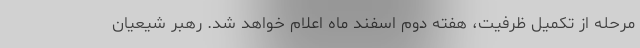
مرحله از تکمیل ظرفیت، هفته دوم اسفند ماه اعلام خواهد شد. رهبر شیعیان